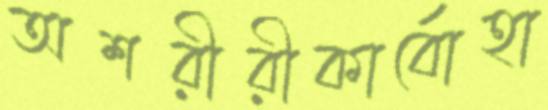
অশরীরীকার্বোহা